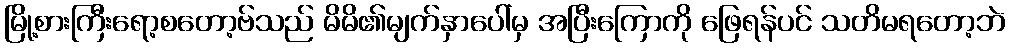
မြို့စားကြီးရော့စတော့ဗ်သည် မိမိ၏မျက်နှာပေါ်မှ အပြီးကြောကို ဖြေရန်ပင် သတိမရတော့ဘဲ